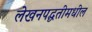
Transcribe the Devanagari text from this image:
लेखनपद्धतीमधील